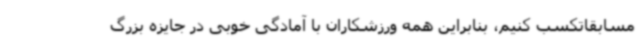
مسابقاتکسب کنیم، بنابراین همه ورزشکاران با آمادگی خوبی در جایزه بزرگ